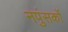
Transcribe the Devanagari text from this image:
नपुंसकों